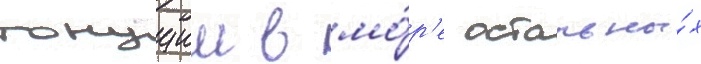
тонущии в мо́р'е остальны́х